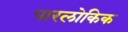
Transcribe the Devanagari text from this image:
पारलोकिक